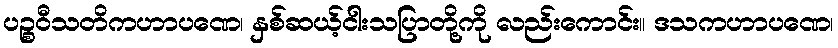
ပဉ္စဝီသတိကဟာပဏေ၊ နှစ်ဆယ့်ငါးသပြာတို့ကို လည်းကောင်း။ ဒသကဟာပဏေ၊